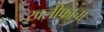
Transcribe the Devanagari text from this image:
खलीफाचा